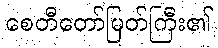
စေတီတော်မြတ်ကြီး၏